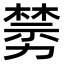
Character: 𠢵